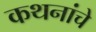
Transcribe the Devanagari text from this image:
कथनांचे